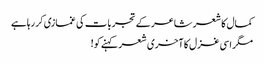
کمال کا شعر شاعر کے تجربات کی غمازی کر رہاہے
مگر اسی غزل کا آخری شعر کہنے کو!